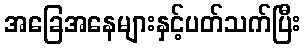
အခြေအနေများနှင့်ပတ်သက်ပြီး